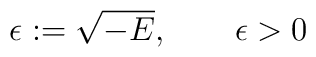
\epsilon := \sqrt{-E}, \qquad \epsilon > 0